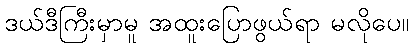
ဒယ်ဒီကြီးမှာမူ အထူးပြောဖွယ်ရာ မလိုပေ။